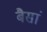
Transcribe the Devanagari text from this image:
बैसां